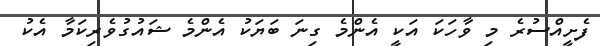
ފެށީއްސުރެ މި ވާހަކަ އަކީ އެންމެ ގިނަ ބަޔަކު އެންމެ ޝައުގުވެރިކަމާ އެކު